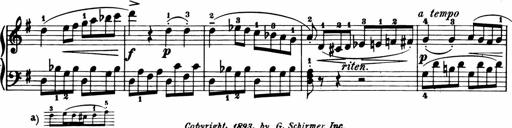
Title: 11 Sonatinas for Piano Solo
Composer: Anton Diabelli